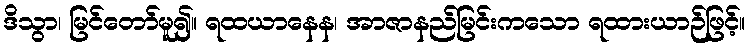
ဒိသွာ၊ မြင်တော်မူ၍။ ရထယာနေန၊ အာဇာနည်မြင်းကသော ရထားယာဉ်ဖြင့်။